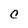
Character: C